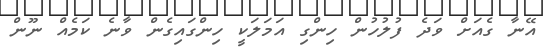
އޭނާ ގެއަށް ވަދެ ފުލުހުން ހިންގި އަމަލަކީ ހިންގައިގެން ވާނެ ކަމެއް ނޫން